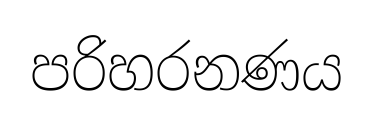
පරිහරනණය